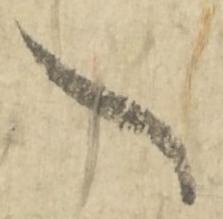
々